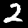
Label: 2